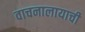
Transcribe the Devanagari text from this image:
वाचनालायाची